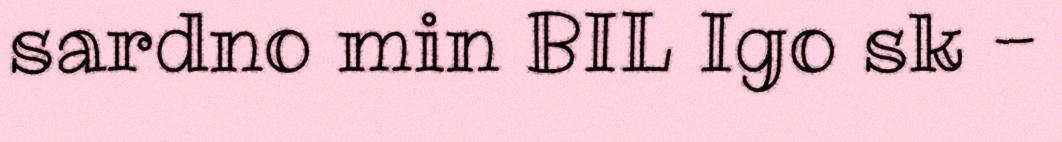
sardno min BIL Igo sk -